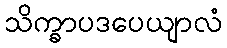
သိက္ခာပဒပေယျာလံ